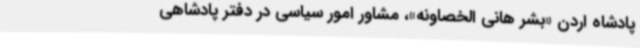
پادشاه اردن «بشر هانی الخصاونه»، مشاور امور سیاسی در دفتر پادشاهی